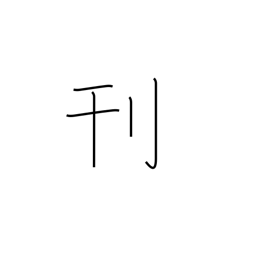
Meaning: carve